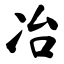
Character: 冶